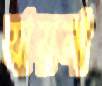
যায়না